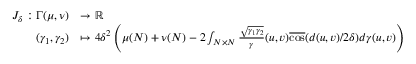
\begin{array} { r l } { J _ { \delta } : \Gamma ( \mu , \nu ) } & { \to \mathbb { R } } \\ { ( \gamma _ { 1 } , \gamma _ { 2 } ) } & { \mapsto 4 \delta ^ { 2 } \left( \mu ( N ) + \nu ( N ) - 2 \int _ { N \times N } \frac { \sqrt { \gamma _ { 1 } \gamma _ { 2 } } } { \gamma } ( u , v ) \overline { { \cos } } ( d ( u , v ) / 2 \delta ) d \gamma ( u , v ) \right) } \end{array}